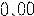
0.00